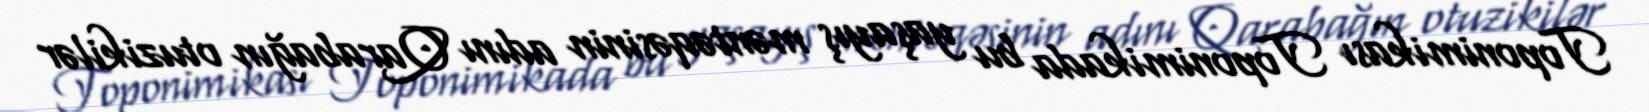
Toponimikası Toponimikada bu yaşayış məntəqəsinin adını Qarabağın otuzikilər